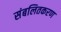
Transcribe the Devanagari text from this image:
संबलितकरण